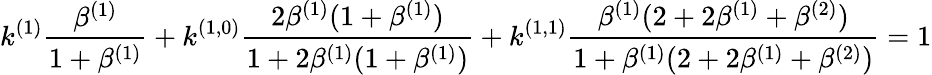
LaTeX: k^{(1)}\frac{\beta^{(1)}}{1+\beta^{(1)}}+k^{(1,0)}\frac{2\beta^{(1)}(1+\beta^{(1)})}{1+2\beta^{(1)}(1+\beta^{(1)})}+k^{(1,1)}\frac{\beta^{(1)}(2+2\beta^{(1)}+\beta^{(2)})}{1+\beta^{(1)}(2+2\beta^{(1)}+\beta^{(2)})}=1